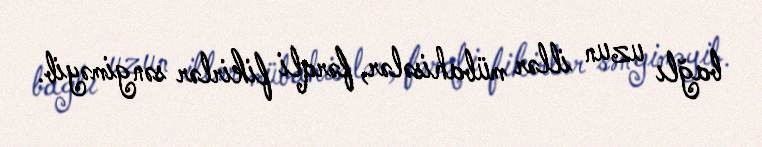
bağlı uzun illər mübahisələr, fərqli fikirlər səngiməyib.